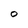
Character: O